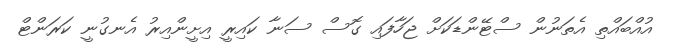
އުއްބައްތި އެތަނުން ސްޓޭންޑަކަށް ޖަހާފައި ގޮސް ސަނާ ކައިރީ އިށީންއިރު އެނގުނީ ކަރަންޓް